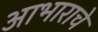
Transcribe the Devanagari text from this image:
आभाराचे